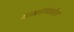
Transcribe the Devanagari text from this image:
मज्जासंस्थेवरील